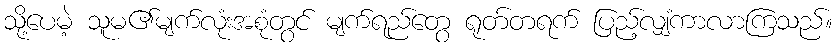
သို့ပေမဲ့ သူမ၏မျက်လုံးအစုံတွင် မျက်ရည်တွေ ရုတ်တရက် ပြည့်လျှံကာလာကြသည်။